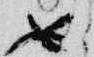
如